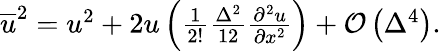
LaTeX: \begin{array}{r}{\overline{{{u}}}^{2}=u^{2}+2u\left(\frac{1}{2!}\frac{\Delta^{2}}{12}\frac{\partial^{2}u}{\partial x^{2}}\right)+\mathcal{O}\left(\Delta^{4}\right).}\end{array}